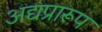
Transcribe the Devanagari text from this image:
अद्यप्रारूप